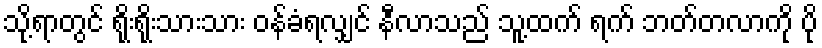
သို့ရာတွင် ရိုးရိုးသားသား ဝန်ခံရလျှင် နီလာသည် သူ့ထက် ရက် ဘတ်တလာကို ပို